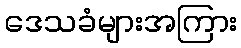
ဒေသခံများအကြား